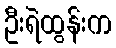
ဦးရဲထွန်းက